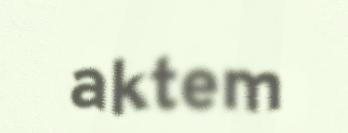
aktem